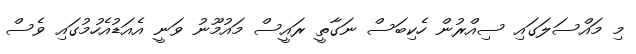
މި މައްސަލަގައި ސިއްރުން ހެކިބަސް ނަގާތީ ރައީސް މައުމޫނު ވަނީ އެއަޑުއެހުމުގައި ވެސް